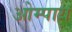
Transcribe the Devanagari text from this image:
ओम्पाय